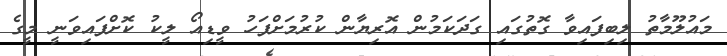
މައުލޫމާތު ލިބިފައިވާ ގޮތުގައި ގަދަކަމުން އޮރިޔާން ކުރުމަށްފަހު ވީޑިއޯ ލީކު ކޮށްފައިވަނީ މީގެ